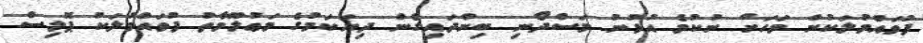
ފުވައްމުލަކުން މަހަށް ނުކުމެ އުޅުނު މަސްދޯނި ބިންދައިގެން ދިޔަކަމުގެ މަޢުލޫމާތު ފުވައްމުލަކު ޕޮލިސް